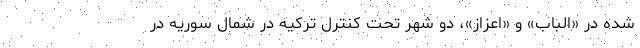
شده در «الباب» و «اعزاز»، دو شهر تحت کنترل ترکیه در شمال سوریه در